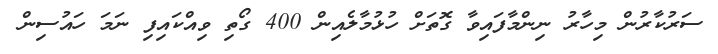
ސަރުކާރުން މިހާރު ނިންމާފައިވާ ގޮތަށް ހުޅުމާލެއިން 400 ގޯތި ވިއްކައިފި ނަމަ ހައުސިން